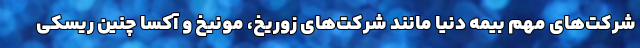
شرکت‌های مهم بیمه دنیا مانند شرکت‌های زوریخ، مونیخ و آکسا چنین ریسکی